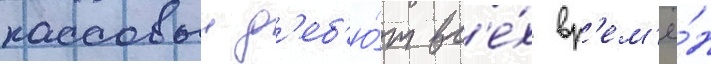
кассовыи д'еб'ю́т вс'е́х вр'ем'ё́н